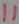
Text: 11